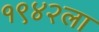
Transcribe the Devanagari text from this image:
१९४२ला